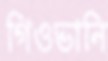
গিওভানি